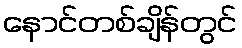
နောင်တစ်ချိန်တွင်